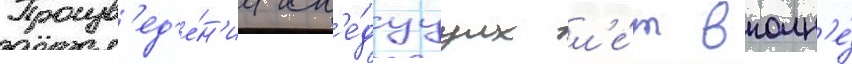
Произв'ед'е́н'иа сл'е́дуущих л'е́т вполн'е́